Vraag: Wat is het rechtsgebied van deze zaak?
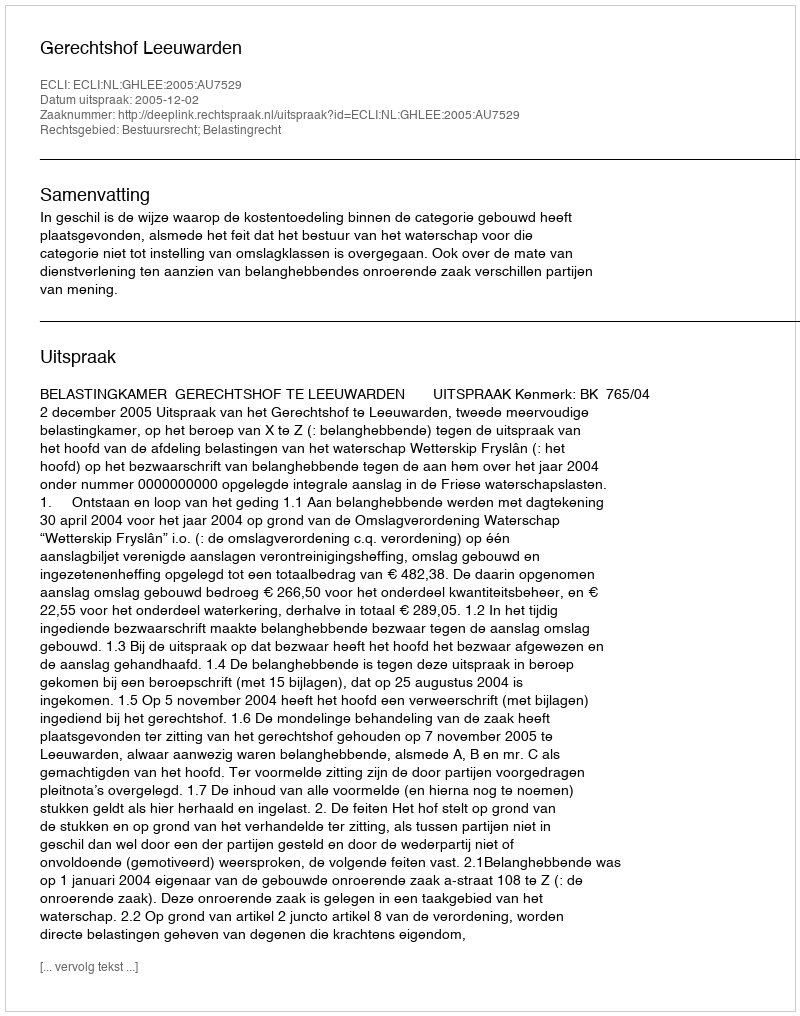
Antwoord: Bestuursrecht; Belastingrecht